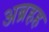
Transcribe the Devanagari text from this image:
अब्रहह